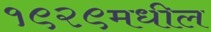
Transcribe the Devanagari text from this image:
१९२९मधील